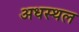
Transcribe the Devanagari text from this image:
अधस्थल